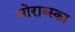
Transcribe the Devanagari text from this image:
मोराव्स्का